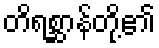
တိရစ္ဆာန်တို့၏